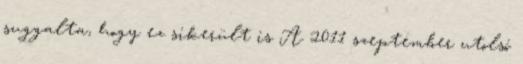
suggalta, hogy ez sikerült is A 2011 szeptember utolsó